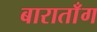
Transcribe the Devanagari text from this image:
बाराताँग